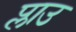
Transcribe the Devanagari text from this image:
प्लाउ